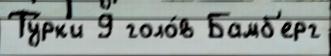
Ту́рк'и 9 голо́в Бамб'ерг